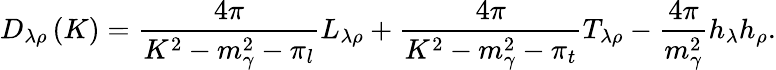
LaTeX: D_{\lambda\rho}\left(K\right)=\frac{4\pi}{K^{2}-m_{\gamma}^{2}-\pi_{l}}L_{\lambda\rho}+\frac{4\pi}{K^{2}-m_{\gamma}^{2}-\pi_{t}}T_{\lambda\rho}-\frac{4\pi}{m_{\gamma}^{2}}h_{\lambda}h_{\rho}.